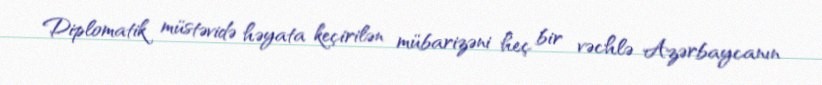
Diplomatik müstəvidə həyata keçirilən mübarizəni heç bir vəchlə Azərbaycanın